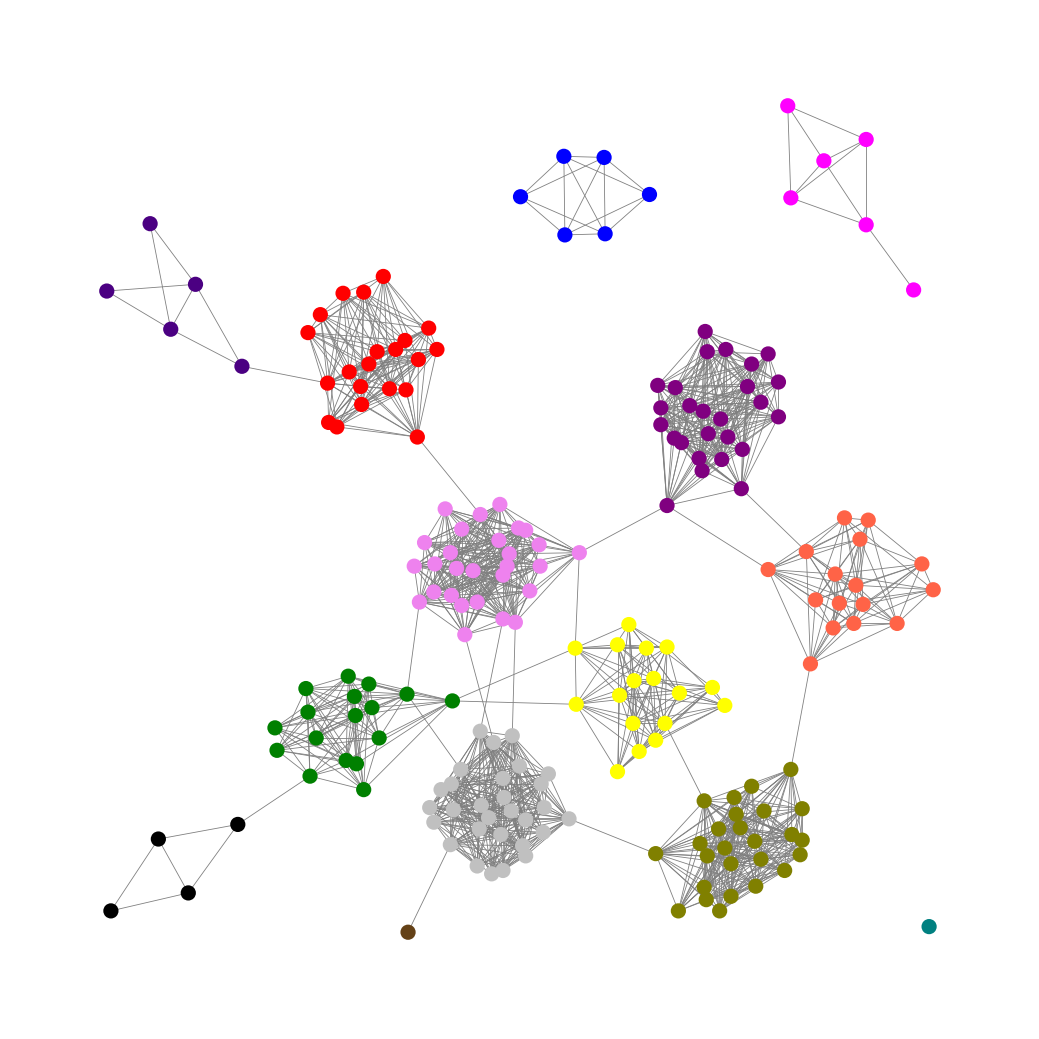
Graph connected: No
Number of connected components: 4
Number of singletons: 1
Total number of nodes: 203
Total number of edges: 1476
Number of communities: 14
Community sizes:
Black: 4
Blue: 6
Fuchsia: 6
Green: 17
Indigo: 5
Olive: 26
Pullman Brown: 1
Purple: 26
Red: 21
Silver: 29
Teal: 1
Tomato: 16
Violet: 28
Yellow: 17
Graph layout: tda
Graph generation method: erdos_renyi